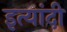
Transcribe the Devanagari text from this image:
इत्यांदी